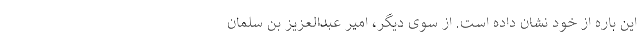
این باره از خود نشان داده است. از سوی دیگر، امیر عبدالعزیز بن سلمان